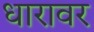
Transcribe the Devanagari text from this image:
धारावर